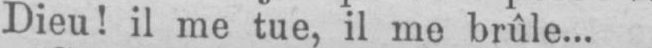
Dieu! il me tue, il me brûle...